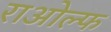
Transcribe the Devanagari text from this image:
राओल्फ